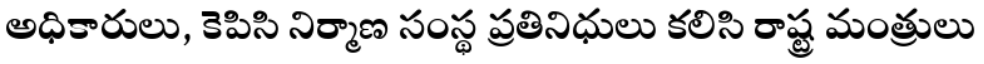
అధికారులు, కెపిసి నిర్మాణ సంస్థ ప్రతినిధులు కలిసి రాష్ట్ర మంత్రులు